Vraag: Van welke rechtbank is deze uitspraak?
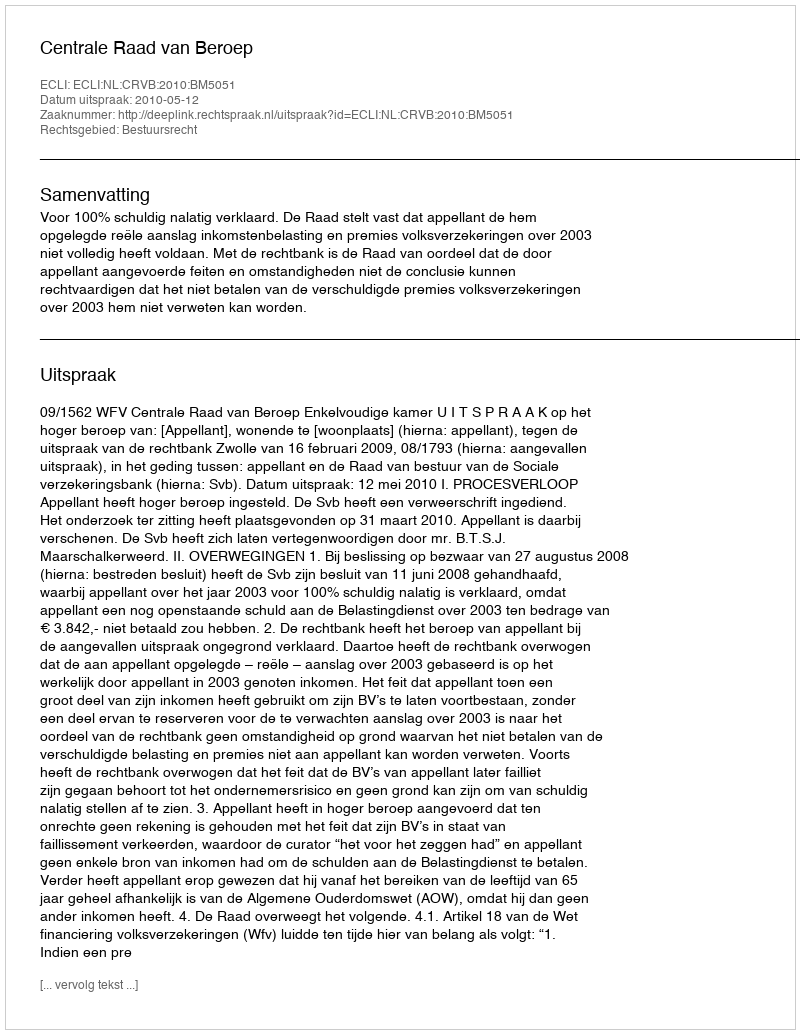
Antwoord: Centrale Raad van Beroep